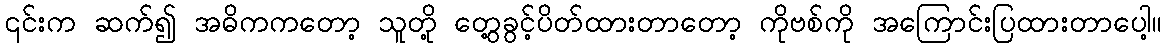
၎င်းက ဆက်၍ အဓိကကတော့ သူတို့ တွေ့ခွင့်ပိတ်ထားတာတော့ ကိုဗစ်ကို အကြောင်းပြထားတာပေါ့။